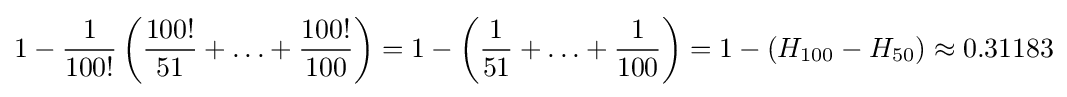
1-{\frac {1}{100!}}\left({\frac {100!}{51}}+\ldots +{\frac {100!}{100}}\right)=1-\left({\frac {1}{51}}+\ldots +{\frac {1}{100}}\right)=1-(H_{100}-H_{50})\approx 0.31183